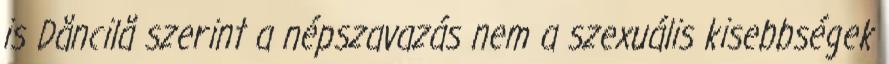
is Dăncilă szerint a népszavazás nem a szexuális kisebbségek